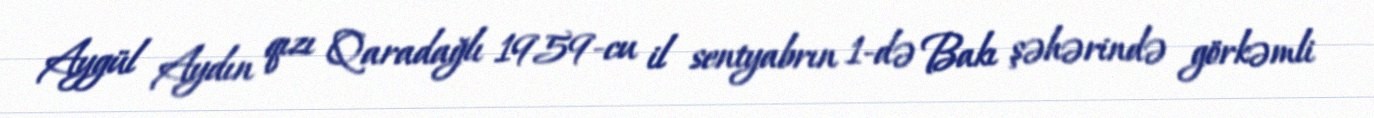
Aygül Aydın qızı Qaradağlı 1959-cu il sentyabrın 1-də Bakı şəhərində görkəmli